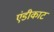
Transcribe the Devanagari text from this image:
एंडीकाट